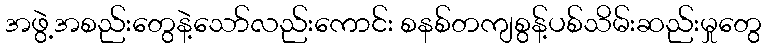
အဖွဲ့အစည်းတွေနဲ့သော်လည်းကောင်း စနစ်တကျစွန့်ပစ်သိမ်းဆည်းမှုတွေ